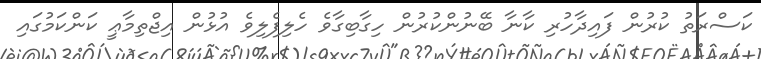
ކަސްރަތު ކުރުން ފައިދާހުރި ކާނާ ބޭނުންކުރުން ހިގާބިގާވެ ހެލިފެލިވެ އުޅުން އިޖްތިމާޢީ ކަންކަމުގައި